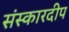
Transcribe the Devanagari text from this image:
संस्कारदीप